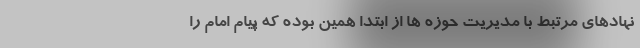
نهادهای مرتبط با مدیریت حوزه ها از ابتدا همین بوده که پیام امام را